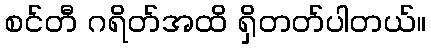
စင်တီ ဂရိတ်အထိ ရှိတတ်ပါတယ်။